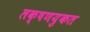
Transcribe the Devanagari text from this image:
लक्षणयुकत